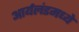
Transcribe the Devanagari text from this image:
आर्यलंडमध्ये